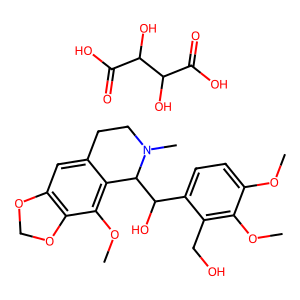
SMILES: COc1ccc(C(O)C2c3c(cc4c(c3OC)OCO4)CCN2C)c(CO)c1OC.O=C(O)C(O)C(O)C(=O)O
Inhibits HIV replication: No